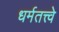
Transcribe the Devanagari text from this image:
धर्मतत्त्वे